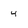
Character: 4